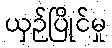
ယှဉ်ပြိုင်မှု